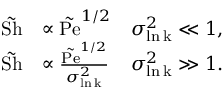
\begin{array} { r l r } { \tilde { \mathrm { S h } } } & { \propto \tilde { \mathrm { P e } } ^ { 1 / 2 } } & { \sigma _ { \mathrm { \ln k } } ^ { 2 } \ll 1 , } \\ { \tilde { \mathrm { S h } } } & { \propto \frac { \tilde { \mathrm { P e } } ^ { 1 / 2 } } { \sigma _ { \mathrm { \ln k } } ^ { 2 } } } & { \sigma _ { \mathrm { \ln k } } ^ { 2 } \gg 1 . } \end{array}